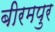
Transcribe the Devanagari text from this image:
बीरमपुर